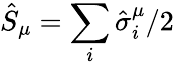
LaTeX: \hat{S}_{\mu}=\sum_{i}\hat{\sigma}_{i}^{\mu}/2